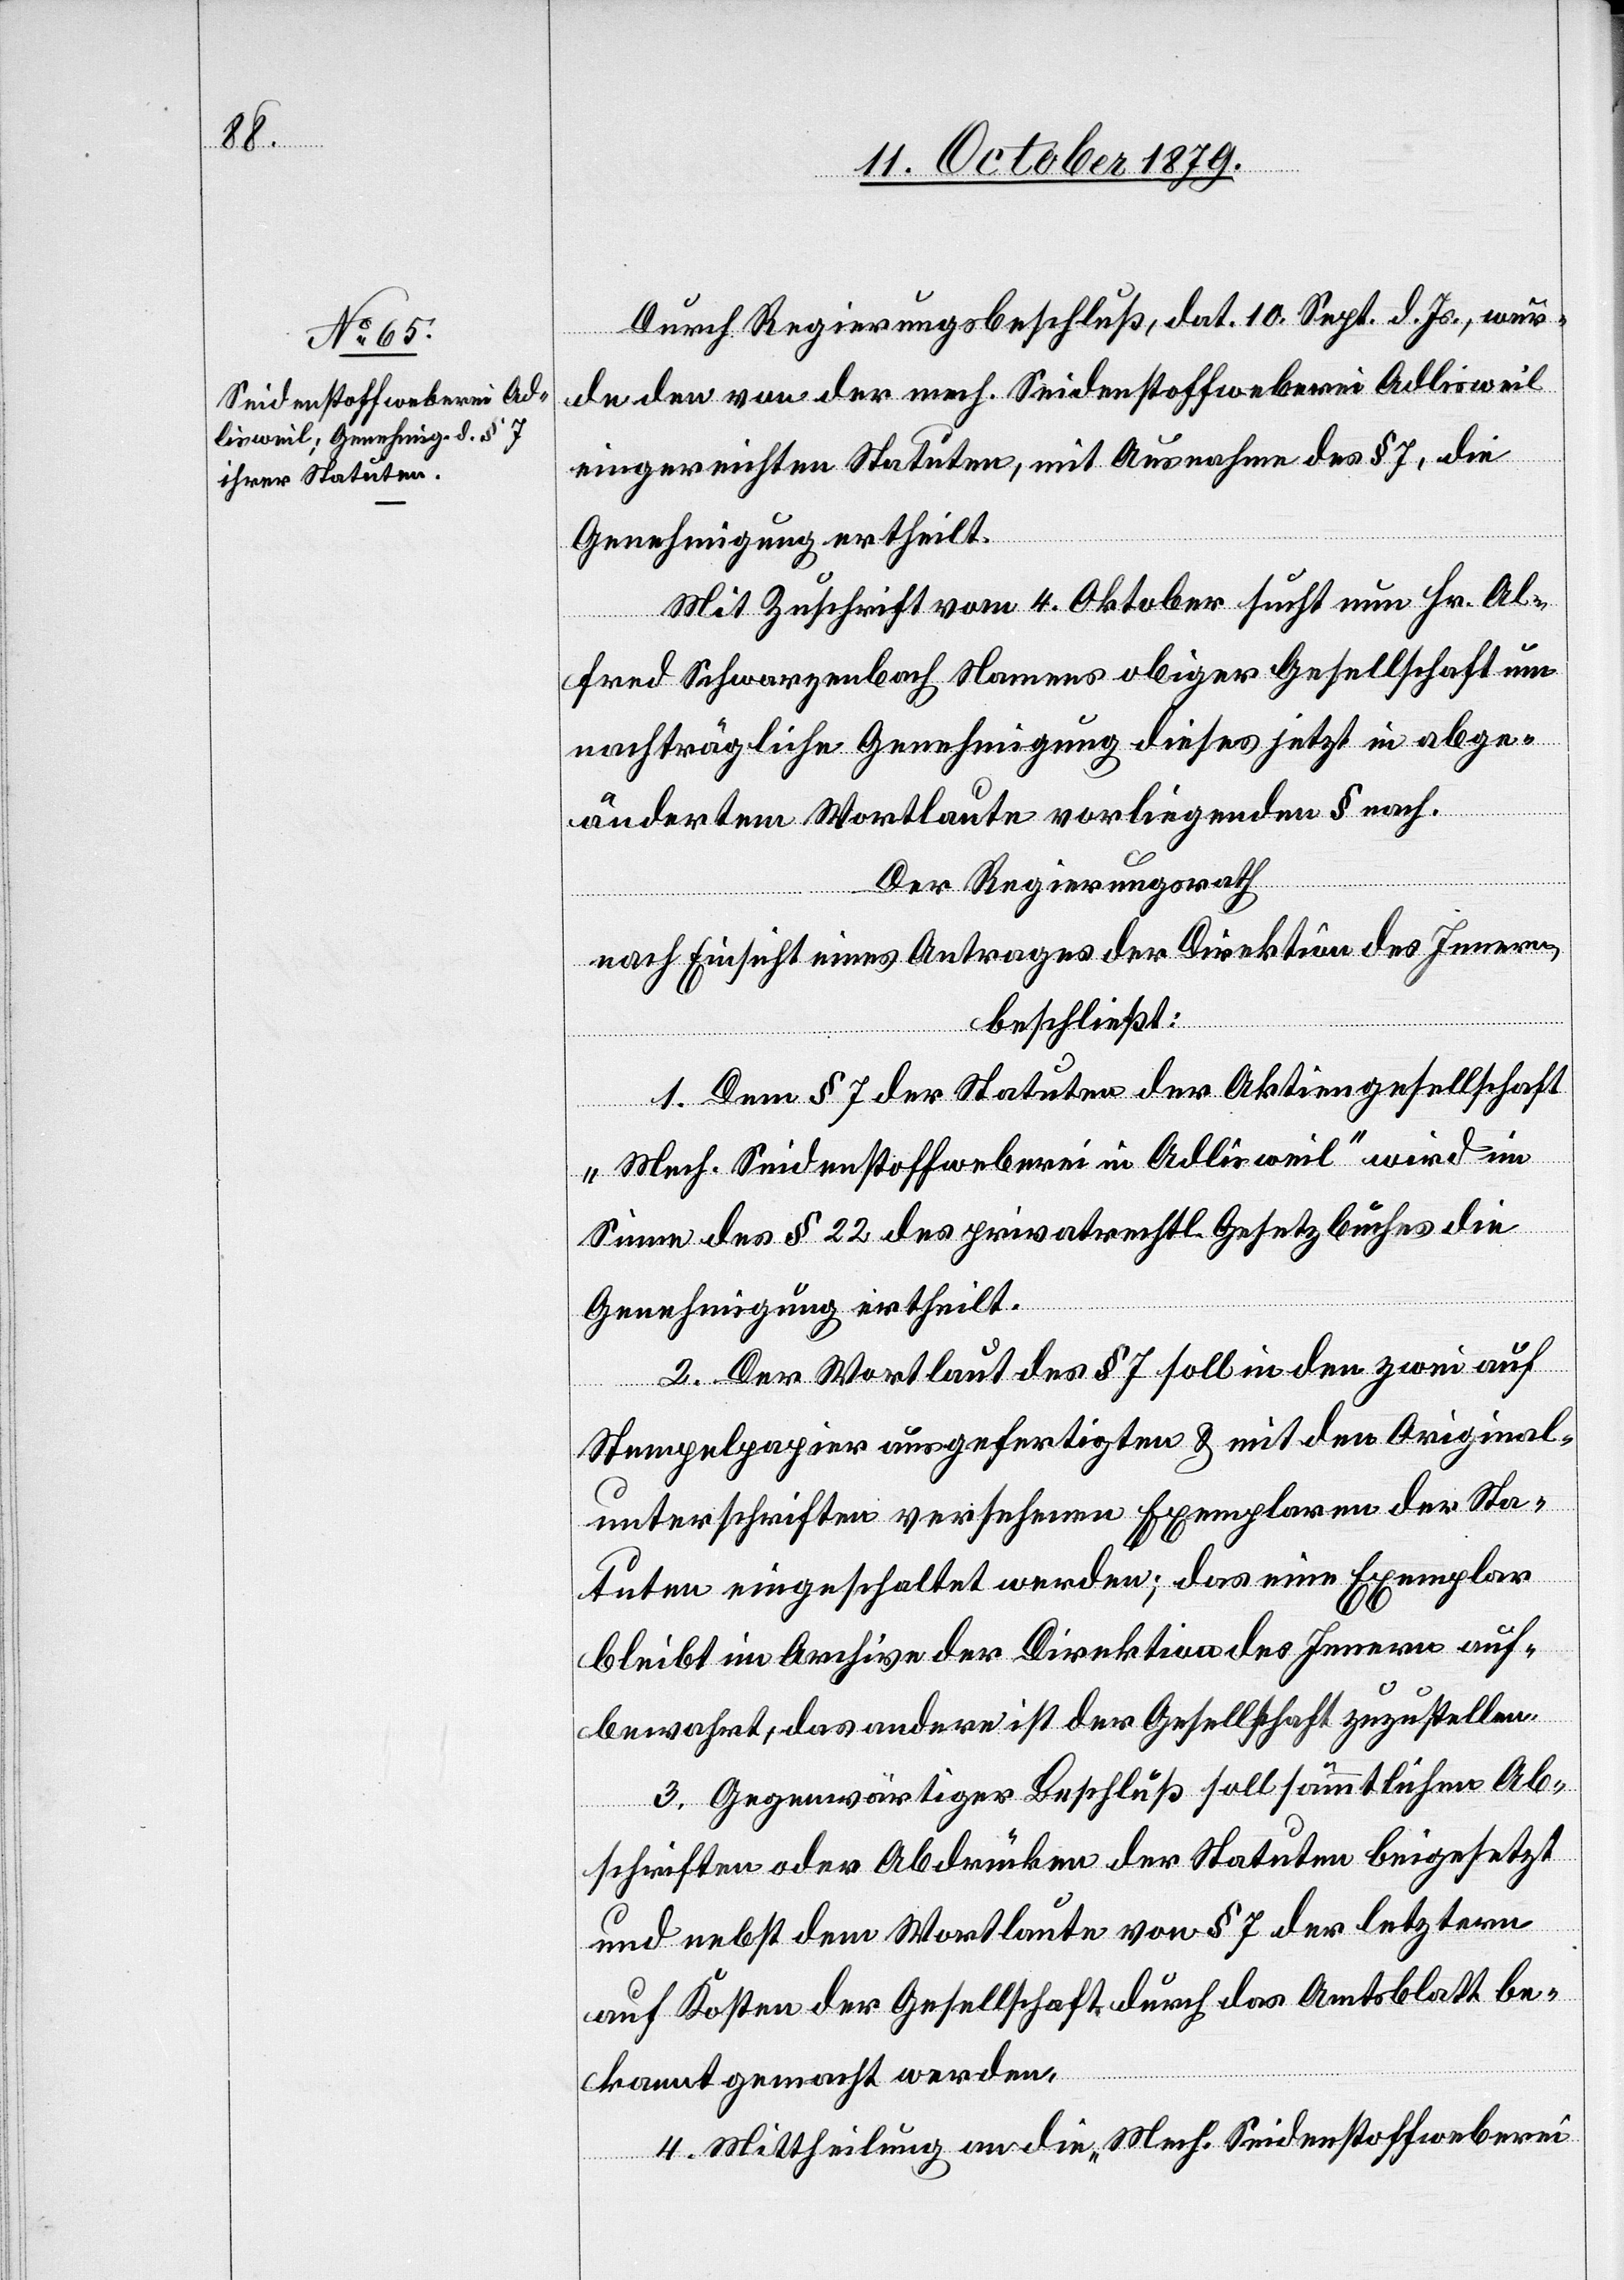
Durch Regierungsbeschluß, dat. 10. Sept. d. Js., wur¬
de den von der mech. Seidenstoffweberei Adlisweil
eingereichten Statuten, mit Ausnahme des § 7, die
Genehmigung ertheilt.
Mit Zuschrift vom 4. Oktober sucht nun Hr. Al¬
fred Schwarzenbach Namens obiger Gesellschaft um
nachträgliche Genehmigung dieses jetzt in abge¬
ändertem Wortlaute vorliegenden § nach.
Der Regierungsrath
nach Einsicht eines Antrages der Direktion des Innern,
beschließt:
1. Dem § 7 der Statuten der Aktiengesellschaft
„Mech. Seidenstoffweberei in Adlisweil“ wird im
Sinne des § 22 des privatrechtl. Gesetzbuches die
Genehmigung ertheilt.
2. Der Wortlaut des § 7 soll in den zwei auf
Stempelpapier ausgefertigten & mit den Original¬
unterschriften versehenen Exemplaren der Sta¬
tuten eingeschaltet werden; das eine Exemplar
bleibt im Archive der Direktion des Innern auf¬
bewahrt, das andere ist der Gesellschaft zuzustellen.
3. Gegenwärtiger Beschluß soll sämtlichen Ab¬
schriften oder Abdrücken der Statuten beigesetzt
und nebst dem Wortlaut von § 7 der letztern
auf Kosten der Gesellschaft durch das Amtsblatt be¬
kannt gemacht werden.
4. Mittheilung an die „Mech. Seidenstoffweberei